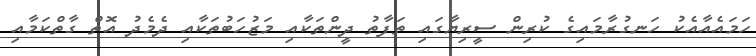
ހަމައެއާއެކު ހަނގުރާމައިގެ ކުރިން ސީރިޔާގައި ތަފާތު ދީންތަކާއި މަޒުހަބުތަކާއި ދެމެދު އޮތް ގާތްކަމާއި